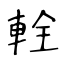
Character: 輇